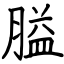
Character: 膉